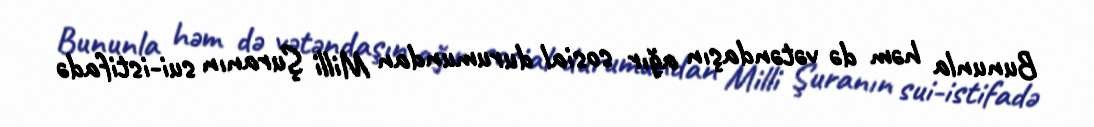
Bununla həm də vətəndaşın ağır sosial durumundan Milli Şuranın sui-istifadə